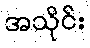
အသိုင်း